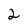
Character: 2